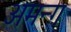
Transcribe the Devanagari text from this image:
अमन्ग